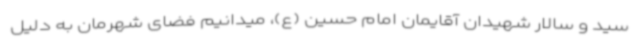
سید و سالار شهیدان آقایمان امام حسین (ع)، میدانیم فضای شهرمان به دلیل